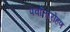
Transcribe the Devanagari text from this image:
पर्वातारोहण